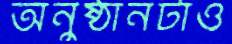
অনুষ্ঠানটাও